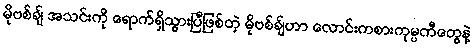
မိုဗစ်ချ် အသင်းကို ရောက်ရှိသွားပြီဖြစ်တဲ့ မိုဗစ်ချ်ဟာ လောင်းကစားကုမ္ပဏီတွေနဲ့